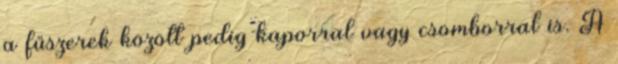
a fűszerek között pedig kaporral vagy csomborral is. A